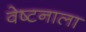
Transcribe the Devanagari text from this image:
वेष्टनाला